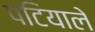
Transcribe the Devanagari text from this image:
पटियाले